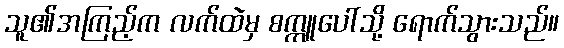
သူ၏အကြည့်က လက်ထဲမှ စက္ကူပေါ်သို့ ရောက်သွားသည်။